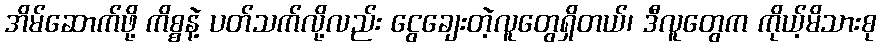
အိမ်ဆောက်ဖို့ ကိစ္စနဲ့ ပတ်သက်လို့လည်း ငွေချေးတဲ့လူတွေရှိတယ်၊ ဒီလူတွေက ကိုယ့်မိသားစု